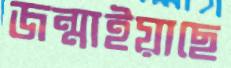
জন্মাইয়াছে